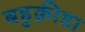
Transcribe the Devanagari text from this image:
बहुक्रीडा